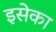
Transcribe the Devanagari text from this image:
इसेका